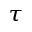
_ \tau